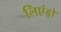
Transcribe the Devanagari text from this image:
लिएंड्रो